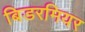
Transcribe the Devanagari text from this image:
बिडरमियर